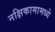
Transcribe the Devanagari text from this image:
नक्षिकामामध्ये